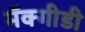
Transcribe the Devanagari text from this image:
मॅक्गीडी